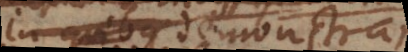
de quibus demonstrari